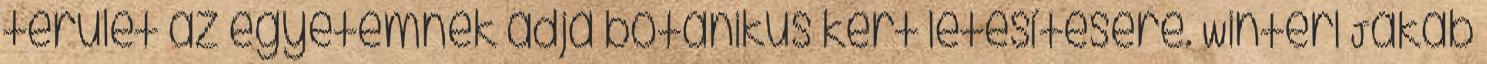
terület az egyetemnek adja botanikus kert létesítésére. Winterl Jakab